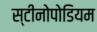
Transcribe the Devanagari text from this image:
स्टीनोपोडियम